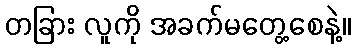
တခြား လူကို အခက်မတွေ့စေနဲ့။